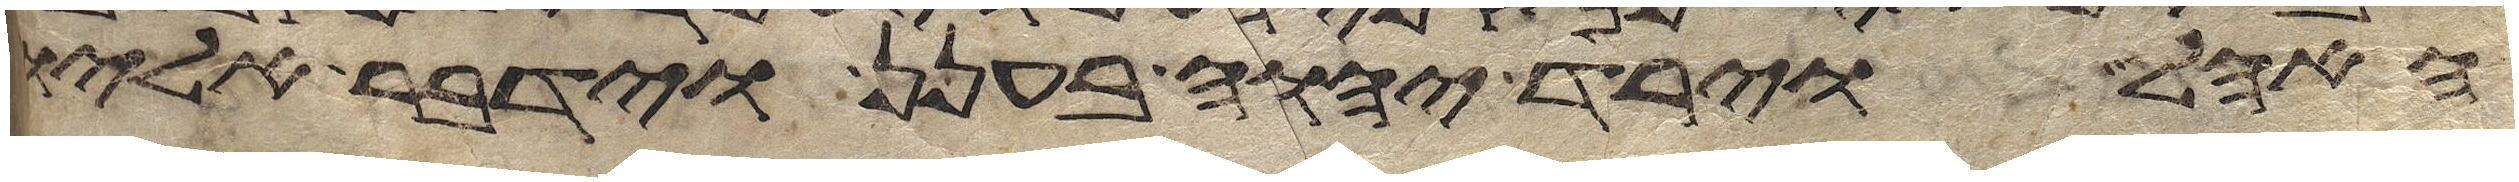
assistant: האהל וירד יהוה בענן וידבר אליו